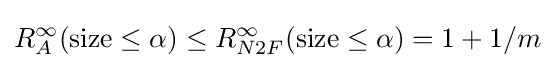
R_{A}^{\infty }({\text{size}}\leq \alpha )\leq R_{N2F}^{\infty }({\text{size}}\leq \alpha )=1+1/m